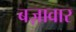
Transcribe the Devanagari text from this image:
बज़ावार